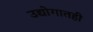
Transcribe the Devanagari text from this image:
उद्योगातही